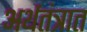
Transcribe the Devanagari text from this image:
अर्थतंत्रात